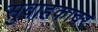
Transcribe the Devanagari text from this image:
सुवाहकावर